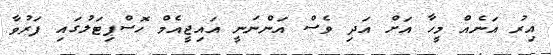
އިރު އަނެއް މީހާ އަށް އަދި ވެސް އަންނަނީ އައިޖީއެމް ހޮސްޕިޓަލުގައި ފަރުވާ